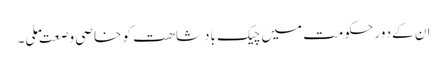
ان کےدور حکومت میں چیک بادشاھت کو خاصی وصعت ملی۔